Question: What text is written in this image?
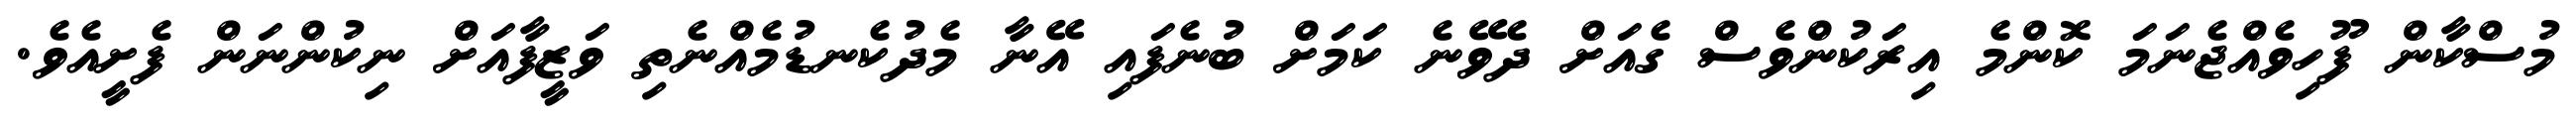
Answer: މުސްކާން ފޫހިވެއްޖެނަމަ ކޮންމެ އިރަކުންވެސް ގެއަށް ދެވޭނެ ކަމަށް ބުނެފައި އޭނާ މެދުކެނޑުމެއްނެތި ވަޒީފާއަށް ނިކުންނަން ފެށީއެވެ.